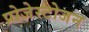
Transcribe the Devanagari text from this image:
प्रोजेस्टोजन